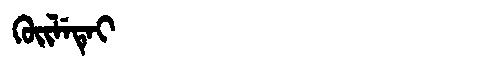
Manchu: ᡴᡠᡳᠯᡝᡨᡝᡳ
Romanization: KUILETEI